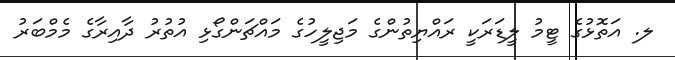
ލ. އަތޮޅުގެ ޓީމު ލީޑަރަކީ ރައްޔިތުންގެ މަޖިލީހުގެ މައްޗަންގޯޅި އުތުރު ދާއިރާގެ މެމްބަރު